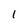
Character: 1